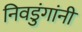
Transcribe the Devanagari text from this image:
निवडुंगांनी